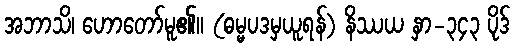
အဘာသိ၊ ဟောတော်မူ၏။ (ဓမ္မပဒမှယူရန်) နိဿယ နှာ-၃၄၃ ပိုဒ်